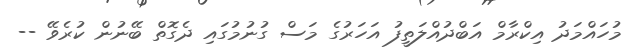
މުހައްމަދު އިކްރާމް އަބްދުއްލަތީފު އަހަރުގެ މަސް ގުނުމުގައި ދެގޮތް ބޭނުން ކުރެވޭ --